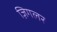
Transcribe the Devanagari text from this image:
ज़िगलर